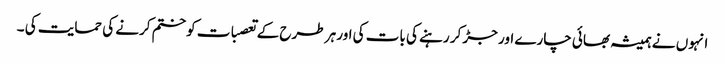
انہوں نے ہمیشہ بھائی چارے اور جڑ کر رہنے کی بات کی اور ہر طرح کے تعصبات کو ختم کرنے کی حمایت کی ۔